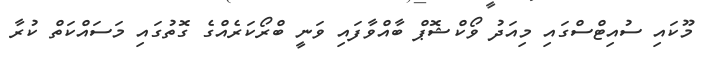
މޫކައި ސުއިޓްސްގައި މިއަދު ވޯކްޝޮޕް ބާއްވާފައި ވަނީ ބްރޯކަރެއްގެ ގޮތުގައި މަސައްކަތް ކުރާ